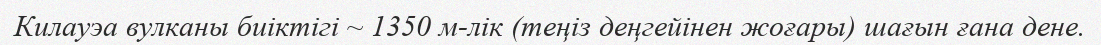
Килауэа вулканы биіктігі ~ 1350 м-лік (теңіз деңгейінен жоғары) шағын ғана дене.